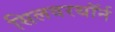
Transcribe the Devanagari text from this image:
सिलवरथॉर्न